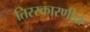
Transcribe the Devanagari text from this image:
तिरस्कारणीय